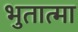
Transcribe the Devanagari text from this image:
भुतात्मा